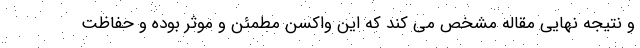
و نتیجه نهایی مقاله مشخص می کند که این واکسن مطمئن و موثر بوده و حفاظت